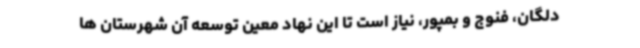
دلگان، فنوج و بمپور، نیاز است تا این نهاد معین توسعه آن شهرستان ها